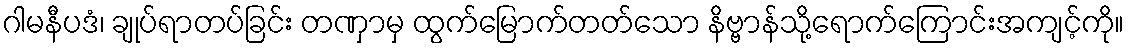
ဂါမနီပဒံ၊ ချုပ်ရာတပ်ခြင်း တဏှာမှ ထွက်မြောက်တတ်သော နိဗ္ဗာန်သို့ရောက်ကြောင်းအကျင့်ကို။